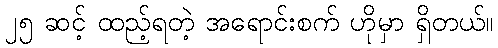
၂၅ ဆင့် ထည့်ရတဲ့ အရောင်းစက် ဟိုမှာ ရှိတယ်။